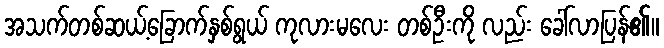
အသက်တစ်ဆယ့်ခြောက်နှစ်ရွယ် ကုလားမလေး တစ်ဦးကို လည်း ခေါ်လာပြန်၏။